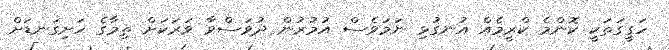
ހަގީގަތަކީ ކޮންމެ ކްރީމެއް އުނގުޅި ނަމަވެސް އުމުރުން ދުވަސްވާ ވަރަކަށް ތިމާގެ ހަށިގަނޑަށް